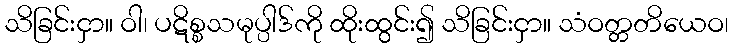
သိခြင်းငှာ။ ဝါ၊ ပဋိစ္စသမုပ္ပါဒ်ကို ထိုးထွင်း၍ သိခြင်းငှာ။ သံဝတ္တတိယေဝ၊